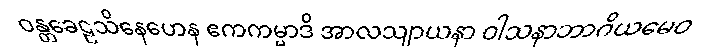
ဝန္တခေဠသိနေဟေန ဧကကမ္မာဒိ အာလသျာယနာ ဝါသနာဘာဂိယမေဝ